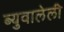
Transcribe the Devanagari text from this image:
ब्युवालेली